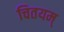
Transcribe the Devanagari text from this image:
चितयम्